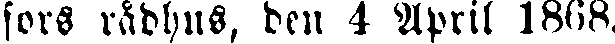
fors rådhus, den 4 April 1868.